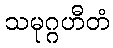
သမုဂ္ဂဟီတံ